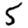
Digit: 5